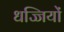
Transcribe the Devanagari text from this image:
धज्जियों